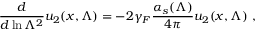
{ \frac { d } { d \ln \Lambda ^ { 2 } } } u _ { 2 } ( x , \Lambda ) = - 2 \gamma _ { F } { \frac { \alpha _ { s } ( \Lambda ) } { 4 \pi } } u _ { 2 } ( x , \Lambda ) \ ,